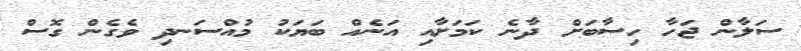
ސަލާން ޖަހާ ހިސާބަށް ދާނެ ކަމަށާއި އަނެއް ބަޔަކު މުއްސަނދި ވެގެން ގޮސް